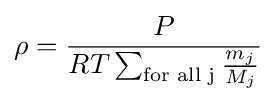
{\rho ={\frac {P}{RT\sum _{\text{for all j}}{\frac {m_{j}}{M_{j}}}}}}